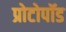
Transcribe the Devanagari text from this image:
प्रोटोपॉड